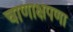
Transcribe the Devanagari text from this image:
चाणाक्षपणा